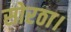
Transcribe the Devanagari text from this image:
सोरठा।